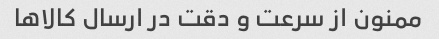
ممنون از سرعت و دقت در ارسال کالاها